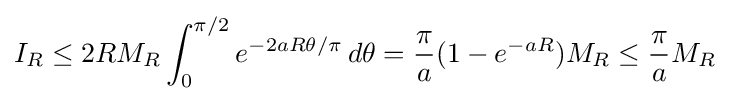
I_{R}\leq 2RM_{R}\int _{0}^{\pi /2}e^{-2aR\theta /\pi }\,d\theta ={\frac {\pi }{a}}(1-e^{-aR})M_{R}\leq {\frac {\pi }{a}}M_{R}